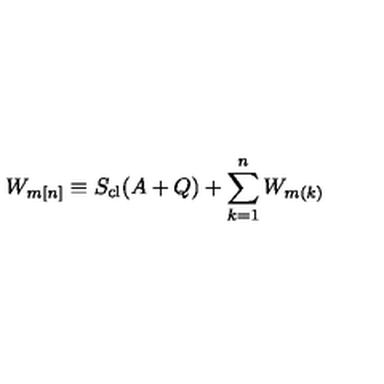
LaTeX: W _ { m [ n ] } \equiv S _ { \mathrm { c l } } ( A + Q ) + \sum _ { k = 1 } ^ { n } W _ { m ( k ) }